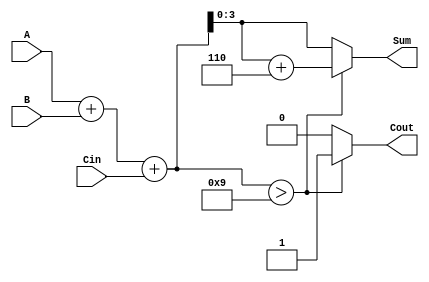
module BCD_Ripple_Carry_Adder (
    input  [3:0] A,      // BCD input A
    input  [3:0] B,      // BCD input B
    input        Cin,     // Carry input
    output reg [3:0] Sum, // BCD output Sum
    output reg Cout       // Carry output
);

    reg [4:0] Bin_sum;    // 5-bit sum to accommodate carry
    reg [4:0] Corrected_sum; // Sum after BCD correction

    always @(*) begin
        // Step 1: Perform binary addition
        Bin_sum = A + B + Cin;

        // Step 2: Check if correction is needed
        if (Bin_sum > 9) begin
            Corrected_sum = Bin_sum + 5'd6; // Add 6 to correct BCD
            Sum = Corrected_sum[3:0];       // Take lower 4 bits as the valid BCD sum
            Cout = 1;                        // Set carry out
        end else begin
            Sum = Bin_sum[3:0];              // Valid BCD sum
            Cout = 0;                        // No carry out
        end
    end

endmodule